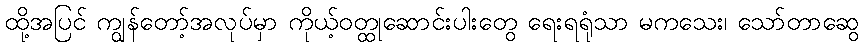
ထို့အပြင် ကျွန်တော့်အလုပ်မှာ ကိုယ့်ဝတ္ထုဆောင်းပါးတွေ ရေးရရုံသာ မကသေး၊ သော်တာဆွေ